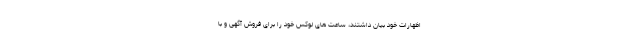
اظهارات خود بیان داشتند، ساعت های لوکس خود را برای فروش آگهی و با